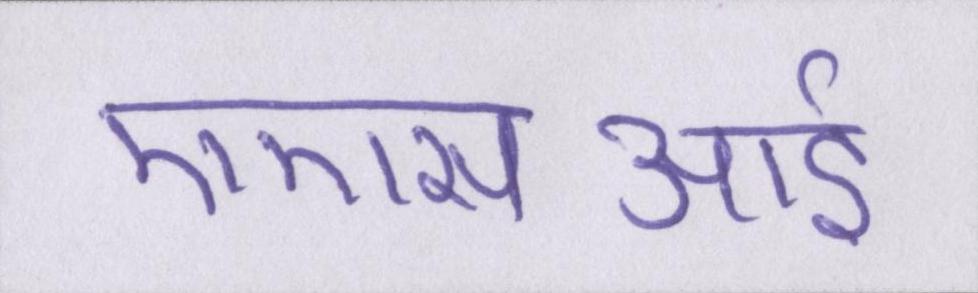
एएसआई